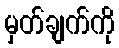
မှတ်ချက်ကို